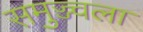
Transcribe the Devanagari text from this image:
समुज्ज्वला